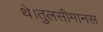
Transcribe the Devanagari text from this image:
थे।तुलसीमानस